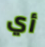
أي